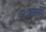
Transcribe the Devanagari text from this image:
उःशापही